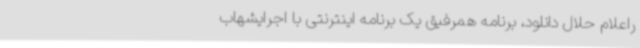
راعلام حلال دانلود، برنامه همرفیق یک برنامه اینترنتی با اجرایشهاب